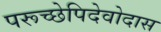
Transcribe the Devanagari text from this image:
परूच्छेपिदेवोदास